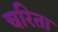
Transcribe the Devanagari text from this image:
चरिता